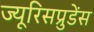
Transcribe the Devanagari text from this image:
ज्यूरिसप्रुडेंस